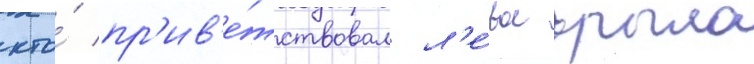
кто́ пр'ив'е́тствовал л'е́вое крыло